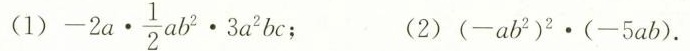
（1）-2a\cdot\frac{1}{2}ab^2\cdot3a^2bc; (2)(-ab^2)^2\cdot(-5ab).